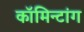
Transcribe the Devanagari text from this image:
कॉमिन्टांग